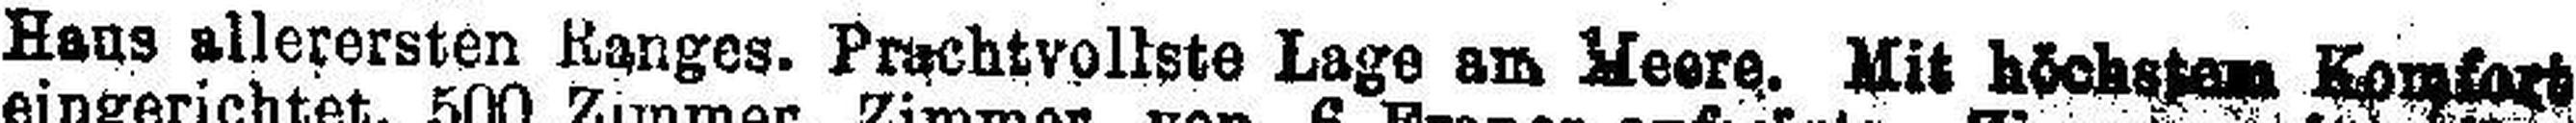
Haus allerersten Ranges. Prachtvollste Lage am Meere. Mit höchstem Komfort